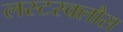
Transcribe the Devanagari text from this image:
लस्टस्क्लौस